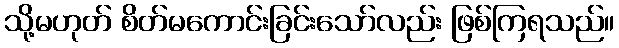
သို့မဟုတ် စိတ်မကောင်းခြင်းသော်လည်း ဖြစ်ကြရသည်။